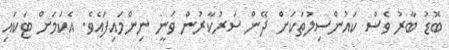
ބޮޑު ބާރު ވެސް ކައުންސިލުތަކަށް ދޭން ސަރުކާރުން ވަނީ ނިންމައިފައެވެ. އެކަމަށް ޓަކައި